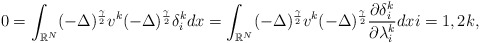
\begin{align*}0 = \displaystyle\int_{\mathbb{R}^N}(- \Delta)^{\frac{\gamma}{2}}v^k(- \Delta)^{\frac{\gamma}{2}} \delta_{i}^kdx = \displaystyle\int_{\mathbb{R}^N}(- \Delta)^{\frac{\gamma}{2}}v^k(- \Delta)^{\frac{\gamma}{2}} \frac{\partial\delta_{i}^k}{\partial \lambda_{i}^k}dx i = 1, 2 k,\end{align*}